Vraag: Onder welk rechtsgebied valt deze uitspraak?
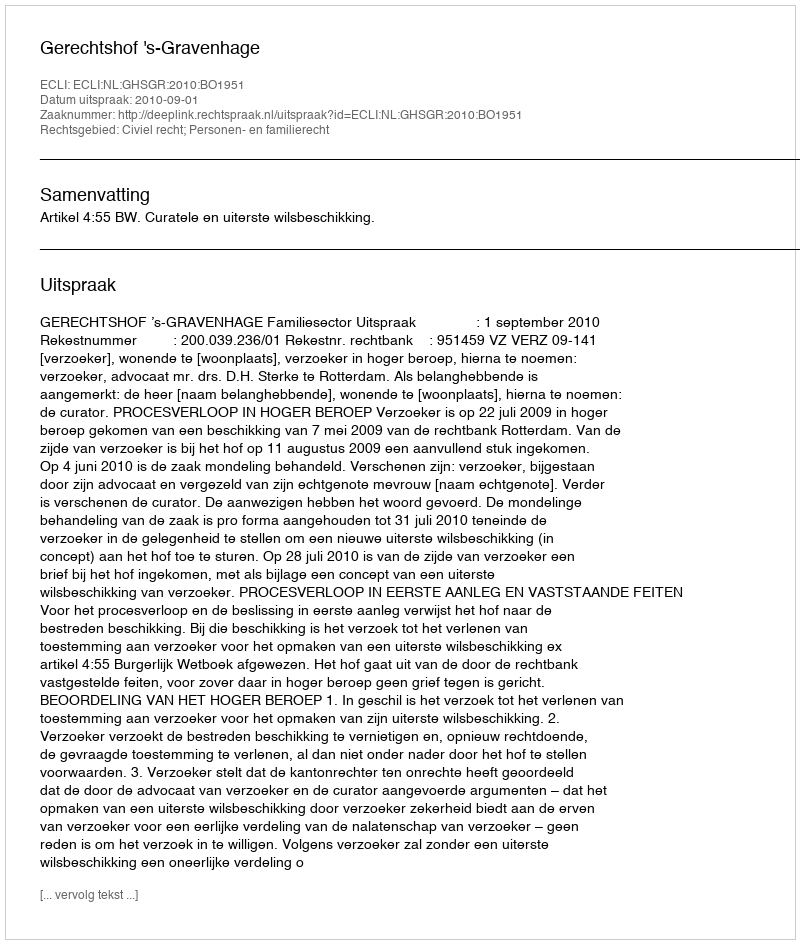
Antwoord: Civiel recht; Personen- en familierecht